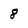
Character: 8